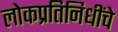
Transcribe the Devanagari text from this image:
लोकप्रतिनिधींचे